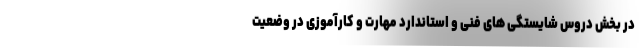
در بخش دروس شایستگی های فنی و استاندارد مهارت و کارآموزی در وضعیت